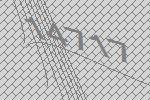
14717